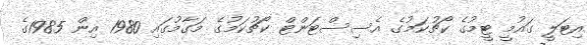
އިޓަލީ ގައުމީ ޓީމުގެ ކޯޗުކަމުގެ އެސިސްޓަންޓް ކޯޗުކަމުގެ މަގާމުގައި 1980 އިން 1985ގެ